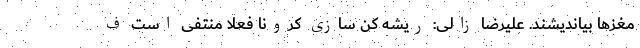
مغزها بیاندیشند. علیرضا زالی: ریشه کن سازی کرونا فعلا منتفی است ف